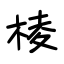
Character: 棱